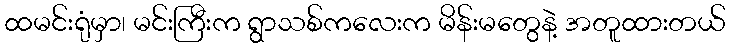
ထမင်းရုံမှာ၊ မင်းကြီးက ရွာသစ်ကလေးက မိန်းမတွေနဲ့ အတူထားတယ်